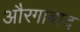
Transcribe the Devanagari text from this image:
औरगाबाद